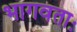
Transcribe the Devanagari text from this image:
भागवताः